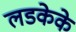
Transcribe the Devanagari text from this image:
लडकेके